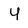
Character: y